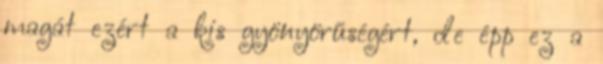
magát ezért a kis gyönyörűségért, de épp ez a